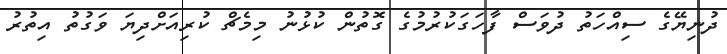
ދުނިޔޭގެ ސިއްހަތު ދުވަސް ފާހަގަކުރުމުގެ ގޮތުން ކުޅުނު މިމެޗް ކުރިއަށްދިޔަ ވަގުތު އިތުރު